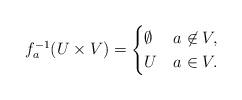
LaTeX: \begin{align*}f_a^{-1}(U \times V) =\begin{cases}\emptyset& a \not \in V, \\U& a \in V.\end{cases}\end{align*}